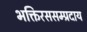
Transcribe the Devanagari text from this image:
भक्तिरससम्प्रदाय